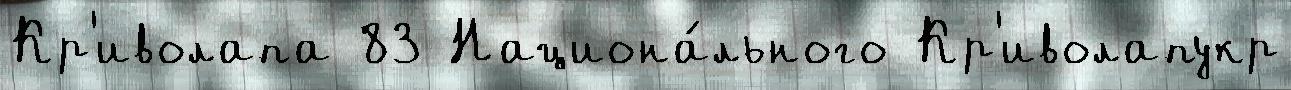
Кр'иволапа 83 Национа́льного Кр'иволапукр